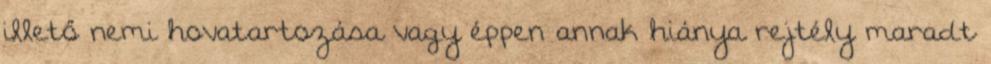
illető nemi hovatartozása vagy éppen annak hiánya rejtély maradt